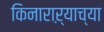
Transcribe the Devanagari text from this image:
किनाराऱ्याच्या